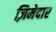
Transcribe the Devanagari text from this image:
ज़िमेदार